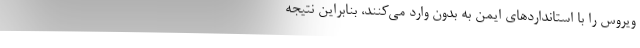
ویروس را با استانداردهای ایمن به بدون وارد می‌کنند، بنابراین نتیجه